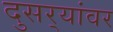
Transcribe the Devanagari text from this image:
दुसर्‍यांवर